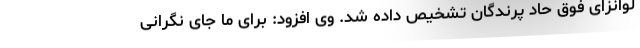
لوانزای فوق حاد پرندگان تشخیص داده شد. وی افزود: برای ما جای نگرانی